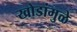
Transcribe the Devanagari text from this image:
खोडांमुळे